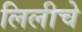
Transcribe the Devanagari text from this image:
लिलीचे